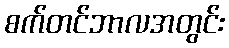
စက်တင်ဘာလအတွင်း